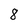
Character: 8